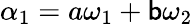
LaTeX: \alpha_{1}=a\omega_{1}+\mathsf{b}\omega_{2}